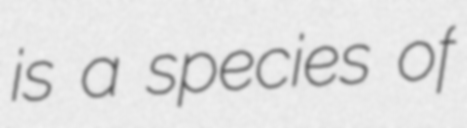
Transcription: is a species of